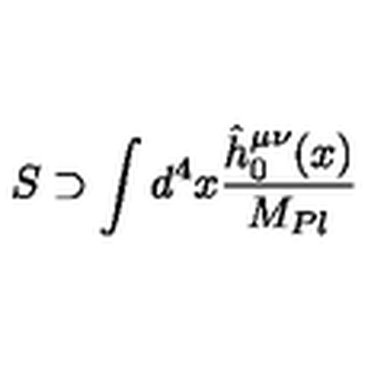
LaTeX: S \supset \int d ^ { 4 } x { \frac { \hat { h } _ { 0 } ^ { \mu \nu } ( x ) } { M _ { P l } } }